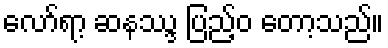
လော်ရာ့ ဆနဿ္ဒ ပြည့်ဝ တော့သည်။